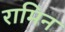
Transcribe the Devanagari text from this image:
रामिन